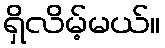
ရှိလိမ့်မယ်။